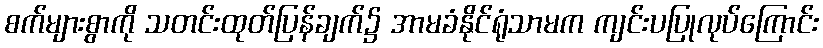
စက်များစွာကို သတင်းထုတ်ပြန်ချက်၌ အာမခံနိုင်ရုံသာမက ကျင်းပပြုလုပ်ကြောင်း